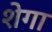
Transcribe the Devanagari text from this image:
शेगा